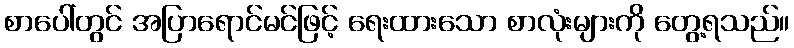
စာပေါ်တွင် အပြာရောင်မင်ဖြင့် ရေးထားသော စာလုံးများကို တွေ့ရသည်။